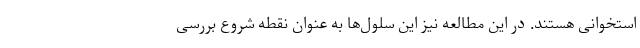
استخوانی هستند. در این مطالعه نیز این سلول‌ها به عنوان نقطه شروع بررسی